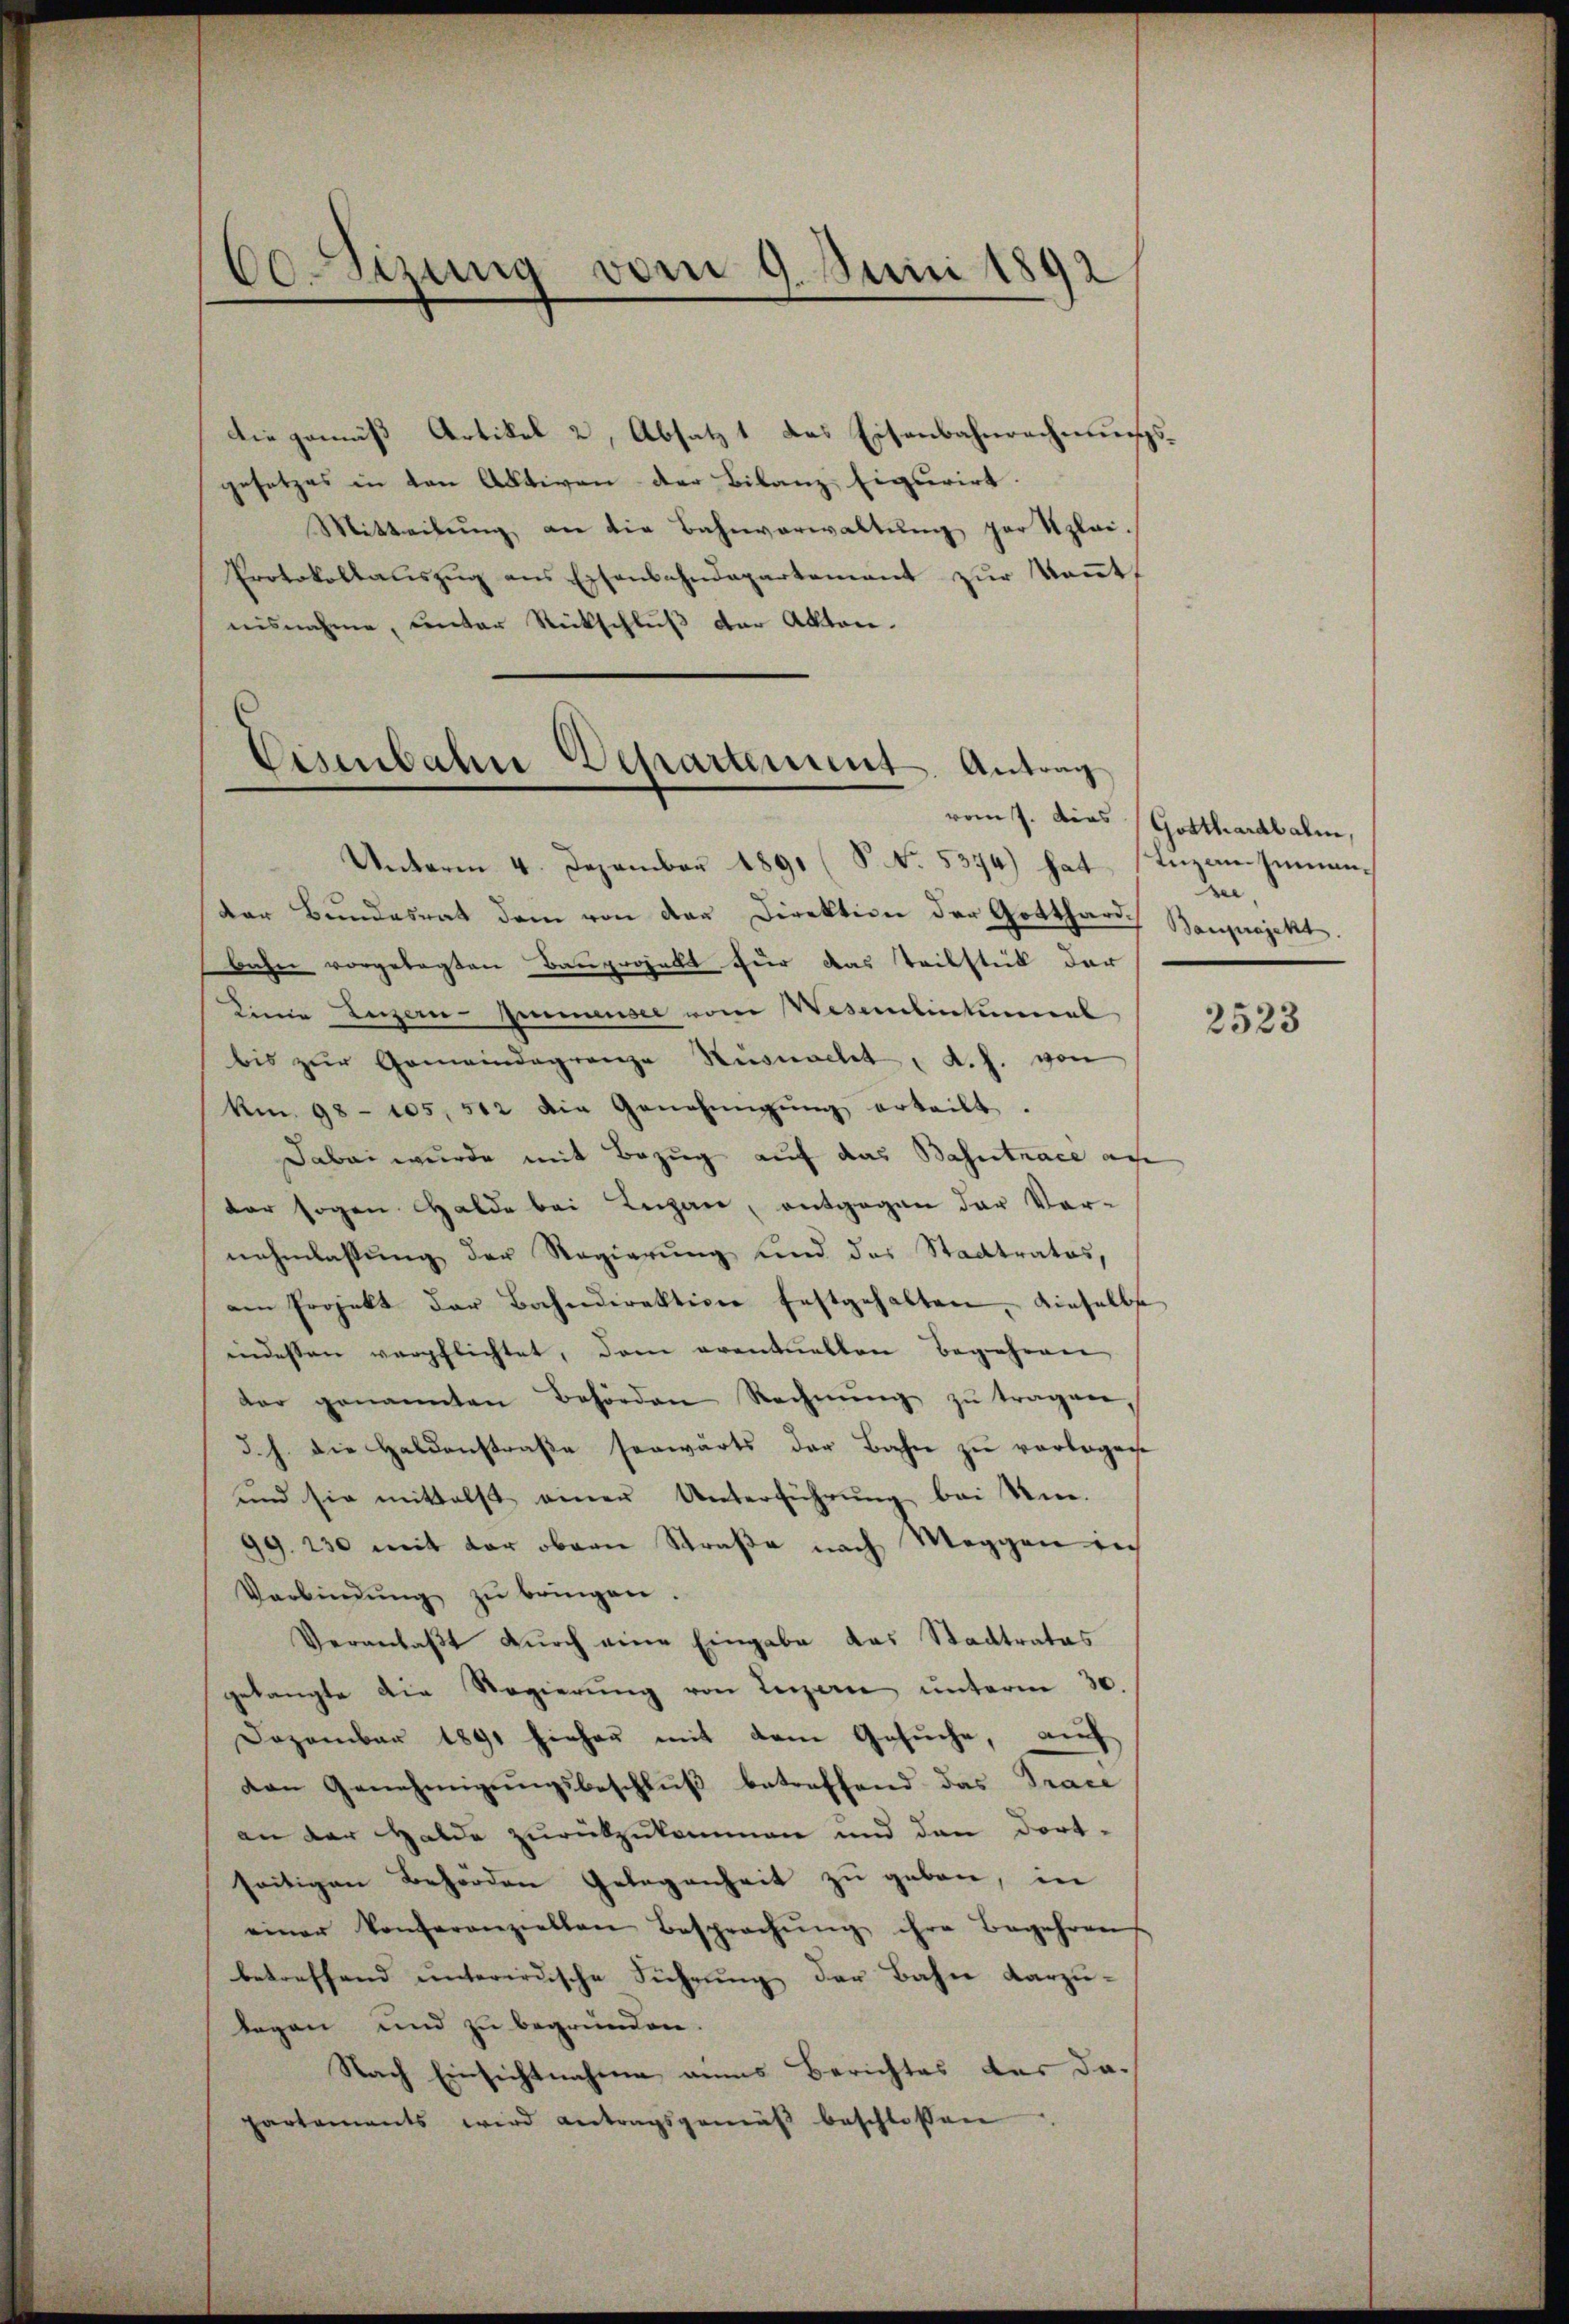
60 Sizung vom 9. Juni 1892

Die gemäß Artikel 2, Absatz 1 das Eisenbahnrechnungsgesetzes in den Aktiven der Bilanz Figurirt.
Mitteilung an die Bahnverwaltung par Klei¬
Protokollauszug aus Eisenbahndepartement zur Kennt,
nisnahme, unter Rückschlŭβ der Akten.
Unterm 4. Dezember 1891 (P. N. 5374) hat, sticensumander Bŭndesrat dem von der Direktion der Gotthard Bauprojekt.
bahn vorgelegten Bauprojekt für das Teilstück der
Linie Luzern Zimmensee vom Wesenbieteneral
bis zŭr Gemeindegrenze Nüsnacht, d. h. von
Km. 98 - 105, 512 die Genehmigŭng erteilt.
Dabei wurde mit Bezug auf das Bahntrace au
der sogen Halde bei Lugan, entgegen der Vor-
nahmlassung der Regierung und des Stadtrates,
am Projekt der Bahndirektion festgehalten, dieselbs
indessen verpflichtet, dem eventuellen Begehren
dar genannten Behörden Rechnŭng zŭ tragen,
d. h. die Haldenstraße senwärts der Bahn zu vorlegene
und sie mittelst einer Unterführung bei Um-
99. 230 mit der obern Straße nach Meggen in
Verbindŭng zŭ bringen.
Veranlaßt durch eine Eingabe das Stadtrates
gelangte die Regierŭng von Luzern ŭnterm 30.
Dezember 1891 hieher mit dem Gesuche, auf
van Genehmigungsbeschluß betreffend das Trace
an der Halde zurückzukommen und dann dortseitigen Behörden Gelegenheit zu geben, in
einer konferanziellen Besprechŭng ihre Begehren
betreffend unterirdische Führung der Bahn darzu-
legen und zu begründen.
Nach Einsichtnahme ains Berichtes der da-
partaments wird antragsgemäβ beschlossen

Eisenbahn Departement. Antrag

vom J. dies Gotthardbalm,
de,

2523